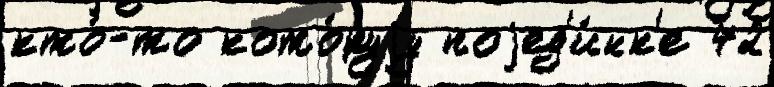
кто́-то кото́руjу поjед'и́нк'е 72